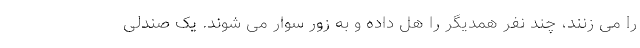
را می زنند، چند نفر همدیگر را هل داده و به زور سوار می شوند. یک صندلی